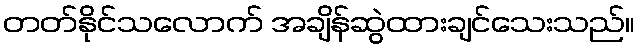
တတ်နိုင်သလောက် အချိန်ဆွဲထားချင်သေးသည်။